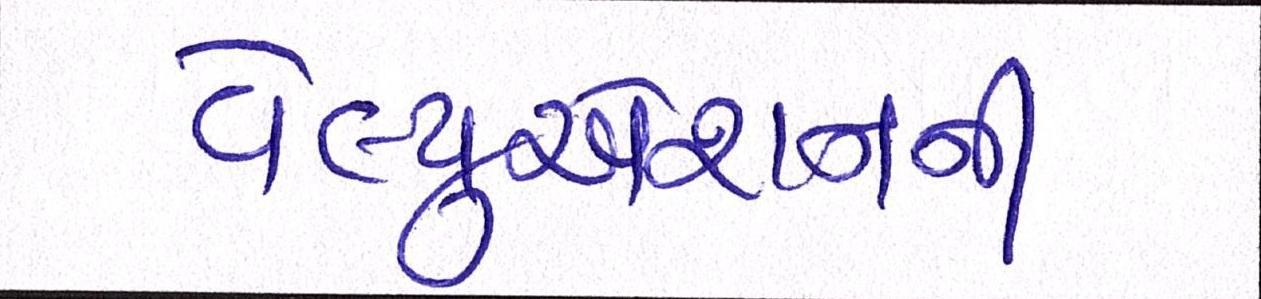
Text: વેલ્યુએશનની